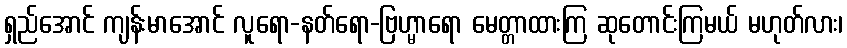
ရှည်အောင် ကျန်းမာအောင် လူရော-နတ်ရော-ဗြဟ္မာရော မေတ္တာထားကြ ဆုတောင်းကြမယ် မဟုတ်လား၊